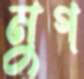
মুগ